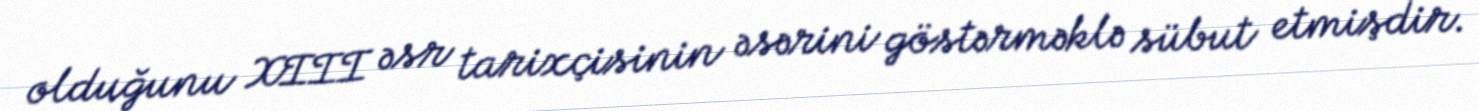
olduğunu XIII əsr tarixçisinin əsərini göstərməklə sübut etmişdir.